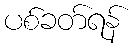
ပစ်ခတ်ရန်